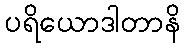
ပရိယောဒါတာနိ